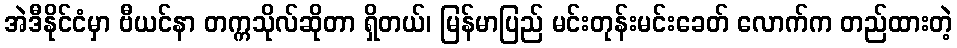
အဲဒီနိုင်ငံမှာ ဗီယင်နာ တက္ကသိုလ်ဆိုတာ ရှိတယ်၊ မြန်မာပြည် မင်းတုန်းမင်းခေတ် လောက်က တည်ထားတဲ့